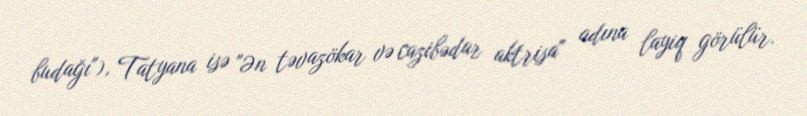
budağı"), Tatyana isə "Ən təvazökar və cazibədar aktrisa" adına layiq görülür.